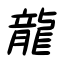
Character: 龍